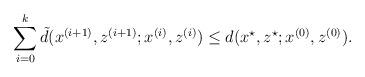
LaTeX: \begin{align*}\sum_{i=0}^k \tilde d(x^{(i+1)}, z^{(i+1)}; x^{(i)}, z^{(i)})\leq d(x^\star, z^\star; x^{(0)}, z^{(0)}).\end{align*}